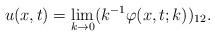
LaTeX: \begin{align*}u(x,t)=\lim _{k\rightarrow 0} ( k^{-1} \varphi (x,t;k))_{12}.\end{align*}